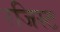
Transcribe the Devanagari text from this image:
रजिस्ट